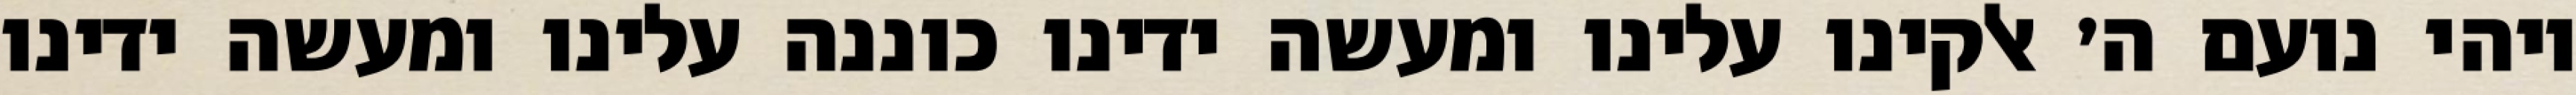
ויהי נועם ה׳ אלקינו עלינו ומעשה ידינו כוננה עלינו ומעשה ידינו